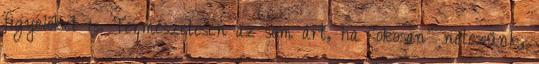
figyelőket is. Természetesen az sem árt, ha “okosan” netezünk,